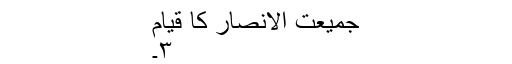
جمیعت الانصار کا قیام
۳۔